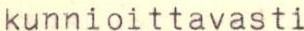
kunnioittavasti